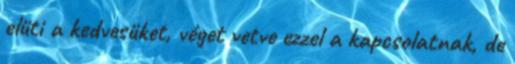
elüti a kedvesüket, véget vetve ezzel a kapcsolatnak, de